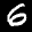
Label: 6